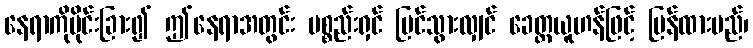
နေရာကိုပိုင်းခြား၍ ဤနေရာအတွင်း ပစ္စည်းရှင် မြင်သွားလျှင် ခေတ္တယူဟန်ဖြင့် ပြန်ထားမည်၊